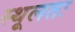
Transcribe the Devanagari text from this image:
स्थूलतः